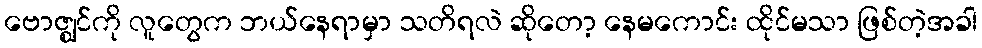
ဗောဇ္ဈင်ကို လူတွေက ဘယ်နေရာမှာ သတိရလဲ ဆိုတော့ နေမကောင်း ထိုင်မသာ ဖြစ်တဲ့အခါ